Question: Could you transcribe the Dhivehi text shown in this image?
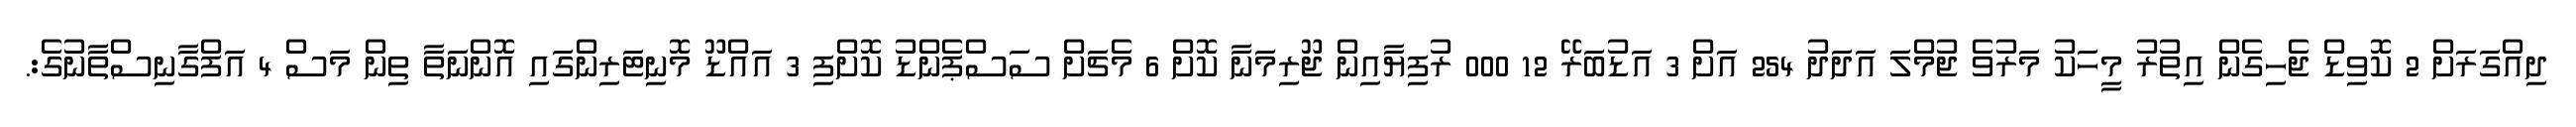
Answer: ދިއްގަރަށް 2 ކޮވިޑް ޖެހިގެން އިތުރު މީހަކު މަރުވެ ޖުމްލަ އަދަދު 254 އަށް 3 އަޑުބަރޭ 12 000 ރުފިޔާއިން ޖޫރިމަނާ ކޮށް 6 މެޗަށް ސަސްޕެންޑު ކޮށްފި 3 އައްޑޫ މޮނިޓަރިންގައި އޮންނަތާ ތިން މަސް 4 އަފްގާނިސްތާނުގެ:.